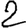
Digit: 2